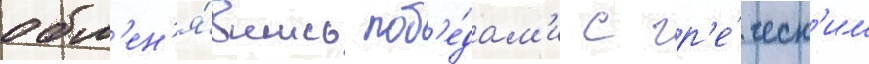
обм'ен'я́вшись поб'е́дам'и с гр'е́ческ'им